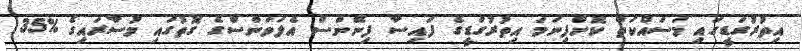
އިތުރުގަޑީގައި މަސައްކަތް ކޮށްފިނަމަ އިތުރުގަޑީގެ ފައިސާ ފިނޭންސް އެލަވަންސްގެ ގޮތުގައި މުސާރައިގެ %35